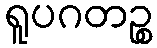
ရူပဂတဉ္စ